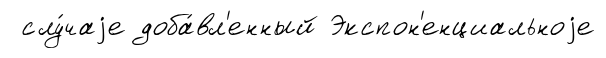
слу́чаjе доба́вл'енный Экспон'енциальноjе